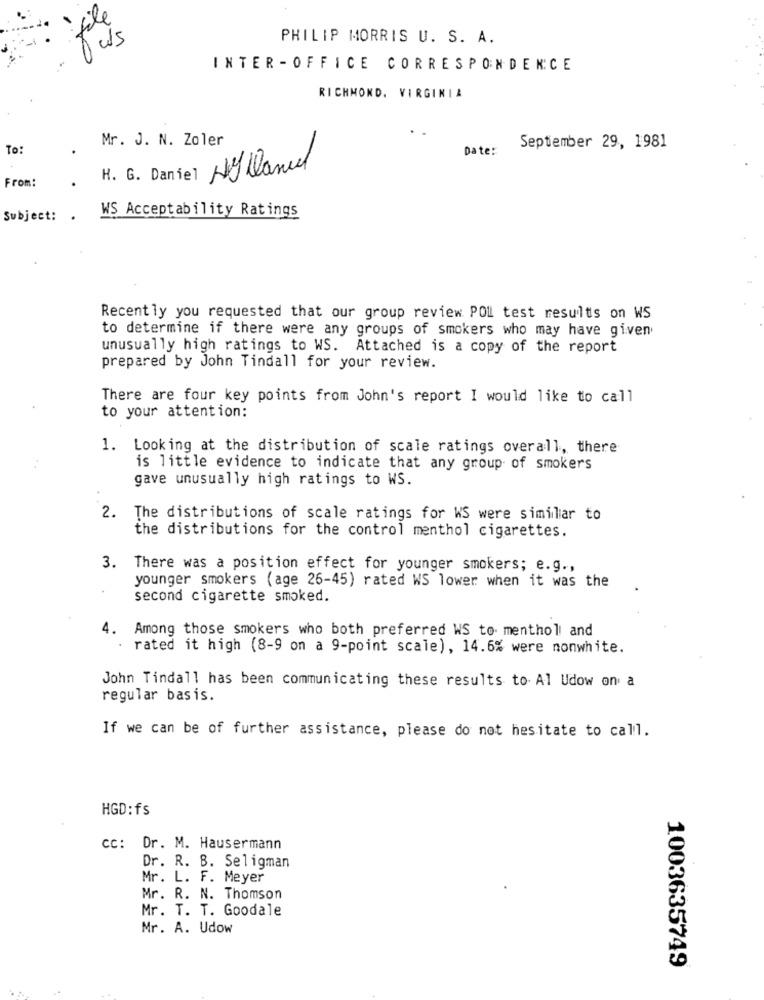
·file
PHILIP MORRIS U. S. A.
INTER -OFFICE CORRESPONDENCE
RICHMOND, VIRGINIA
Mr. J. N. Zoler
To:
Date:
September 29, 1981
H. G. Daniel HilManuel
From:
WS Acceptability Ratings
Subject: .
Recently you requested that our group review POI test results on WS
to determine if there were any groups of smokers who may have given
unusually high ratings to WS. Attached is a copy of the report
prepared by John Tindall for your review.
There are four key points from John's report I would like to call
to your attention:
1. Looking at the distribution of scale ratings overall, there
is little evidence to indicate that any group of smokers
gave unusually high ratings to WS.
2. The distributions of scale ratings for WS were similar to
the distributions for the control menthol cigarettes.
3. There was a position effect for younger smokers; e.g .,
younger smokers (age 26-45) rated WS lower when it was the
second cigarette smoked.
4. Among those smokers who both preferred WS to- menthol and
rated it high (8-9 on a 9-point scale), 14.6% were nonwhite.
John Tindall has been communicating these results to Al Udow on a
regular basis.
If we can be of further assistance, please do not hesitate to call.
HGD:fs
cc: Dr. M. Hausermann
Dr. R. B. Seligman
Mr. L. F. Meyer
Mr. R. N. Thomson
Mr. T. T. Goodale
Mr. A. Udow
1003635749